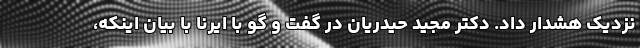
نزدیک هشدار داد. دکتر مجید حیدریان در گفت و گو با ایرنا با بیان اینکه،